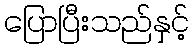
ပြောပြီးသည်နှင့်